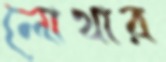
লোথার